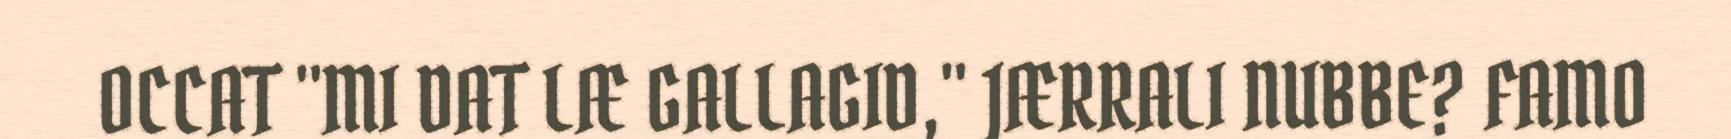
OCCAT "MI DAT LÆ GALLAGID," JÆRRALI NUBBE? FAMO